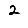
Digit: 2